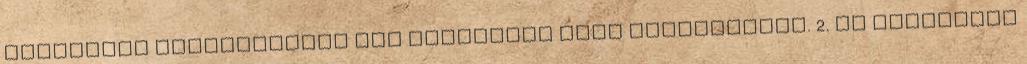
esetekben átruházhatja más személyre vagy szervezetre. 2. Az intézmény